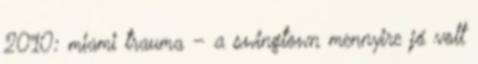
2010: miami trauma – a swingtown mennyire jó volt